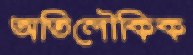
অতিলৌকিক